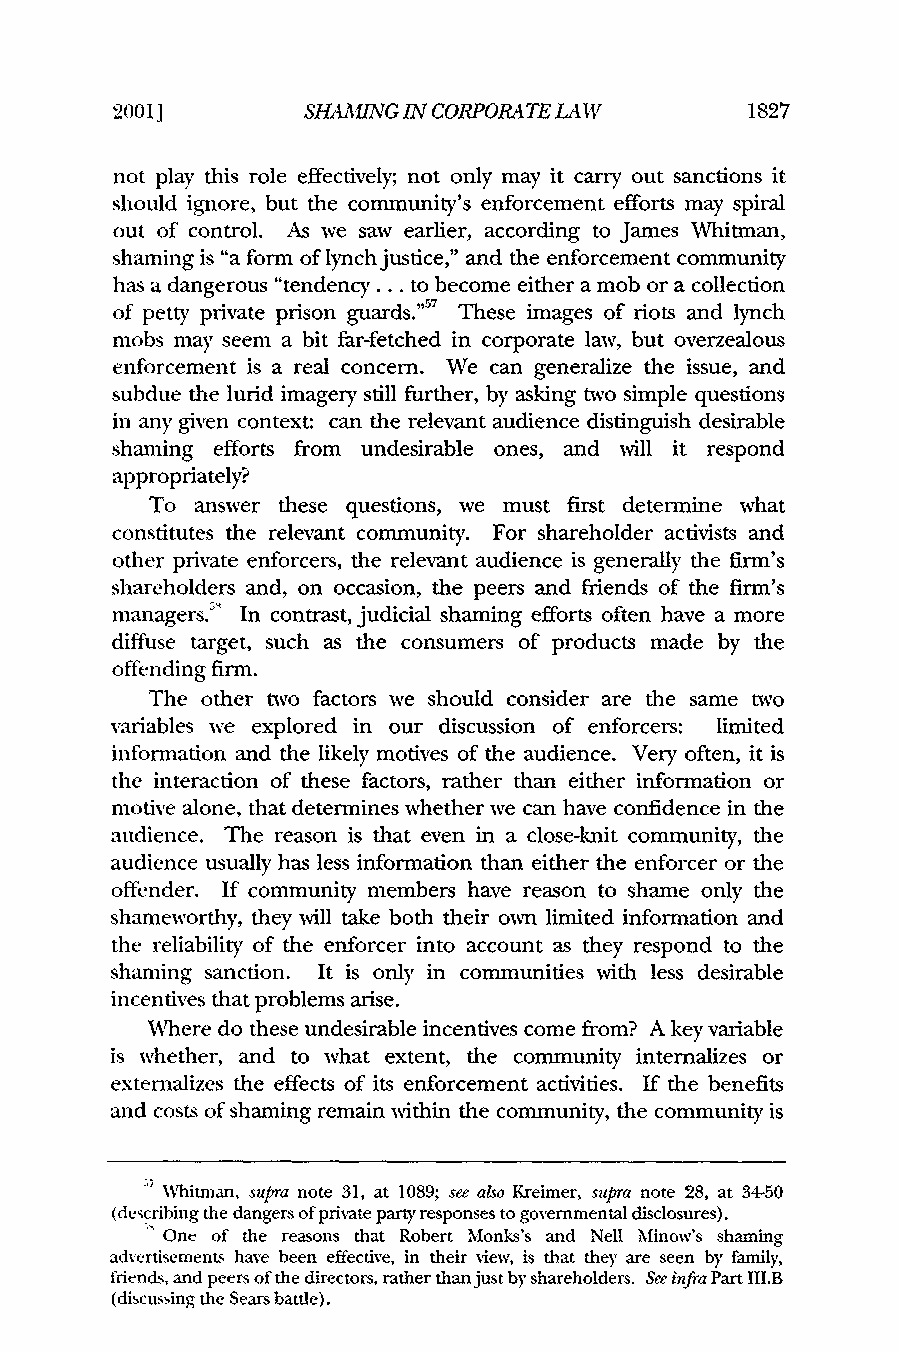
2001]        SHAMING IN CORPORATE LAW     1827
 not play this role effectively; not only may it carry out sanctions it
 should ignore, but the community's enforcement efforts may spiral
 out of control. As we saw earlier, according to James Whitman,
 shaming is "a form of lynch justice," and the enforcement community
 has a dangerous "tendency... to become either a mob or a collection
 of petty private prison guards."7 These images of riots and lynch
 mobs may seem a bit far-fetched in corporate law, but overzealous
 enforcement is a real concern. We can generalize the issue, and
 subdue the lurid imagery still further, by asking two simple questions
 in any given context: can the relevant audience distinguish desirable
 shaming efforts from undesirable ones, and will it respond
 appropriately?
 To answer these questions, we must first determine what
 constitutes the relevant community. For shareholder activists and
 other private enforcers, the relevant audience is generally the firm's
 shareholders and, on occasion, the peers and friends of the firm's
 managers."' In contrast, judicial shaming efforts often have a more
 diffuse target, such as the consumers of products made by the
 offending firm.
 The other two factors we should consider are the same two
 variables we explored in our discussion of enforcers: limited
 information and the likely motives of the audience. Very often, it is
 the interaction of these factors, rather than either information or
 motive alone, that determines whether we can have confidence in the
 audience. The reason is that even in a close-knit community, the
 audience usually has less information than either the enforcer or the
 offender. If community members have reason to shame only the
 shameworthy, they will take both their own limited information and
 the reliability of the enforcer into account as they respond to the
 shaming sanction. It is only in communities with less desirable
 incentives that problems arise.
 Xhere do these undesirable incentives come from? A key variable
 is whether, and to what extent, the community internalizes or
 externalizes the effects of its enforcement activities. If the benefits
 and costs of shaming remain within the community, the community is
 Whitman, supra note 31, at 1089; see also Kreimer, supra note 28, at 34-50
 (describing the dangers of private party responses to governmental disclosures).
 One of the reasons that Robert Monks's and Nell Minow's shaming
 advertisements have been effective, in their view, is that they are seen by family,
 friends, and peers of the directors, rather than just by shareholders. See infra Part III.B
 (discussing the Sears battle).